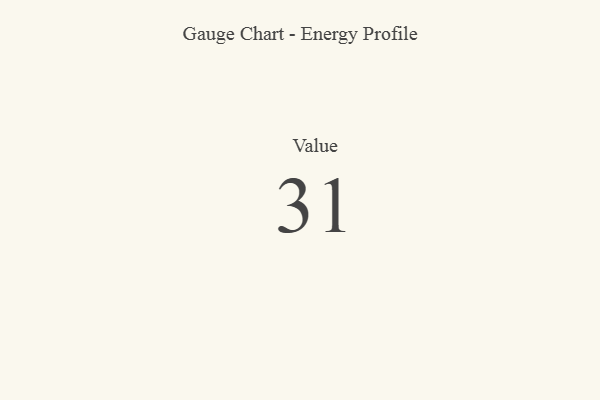
{"axis": {"x": "Metric", "y": "Value"}, "legend": [""], "data": [{"x": "Value", "y": 31, "type": ""}]}